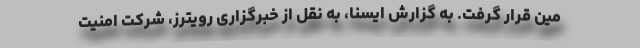
مین قرار گرفت. به گزارش ایسنا، به نقل از خبرگزاری رویترز، شرکت امنیت